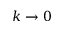
k \rightarrow 0